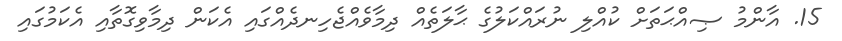
15. އާންމު ޞިއްޙަތަށް ކުއްލި ނުރައްކަލުގެ ޙާލަތެއް ދިމާވެއްޖެހިނދެއްގައި އެކަން ދިމާވިގޮތާއި އެކަމުގައި